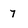
Character: 7